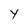
Character: y